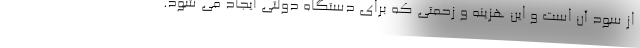
از سود آن است و این هزینه و زحمتی که برای دستگاه دولتی ایجاد می شود.